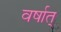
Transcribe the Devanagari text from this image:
वर्षात्